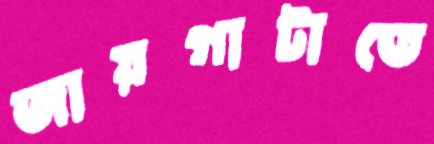
জায়গাটাতে